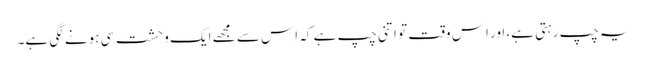
یہ چپ رہتی ہے، اور اِس وقت تو اتنی چپ ہے کہ اِس سے مجھے ایک وحشت سی ہونے لگی ہے۔